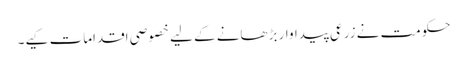
حکومت نے زرعی پیداوار بڑھانے کے لیے خصوصی اقدامات کیے۔